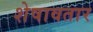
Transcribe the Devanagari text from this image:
शेषावतार